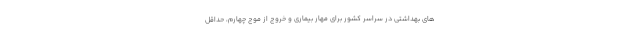
های بهداشتی در سراسر کشور برای مهار بیماری و خروج از موج چهارم، حداقل